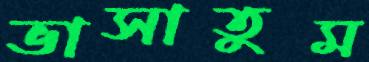
ভাসাতুম